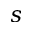
s